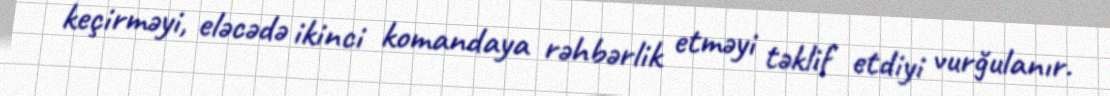
keçirməyi, eləcədə ikinci komandaya rəhbərlik etməyi təklif etdiyi vurğulanır.